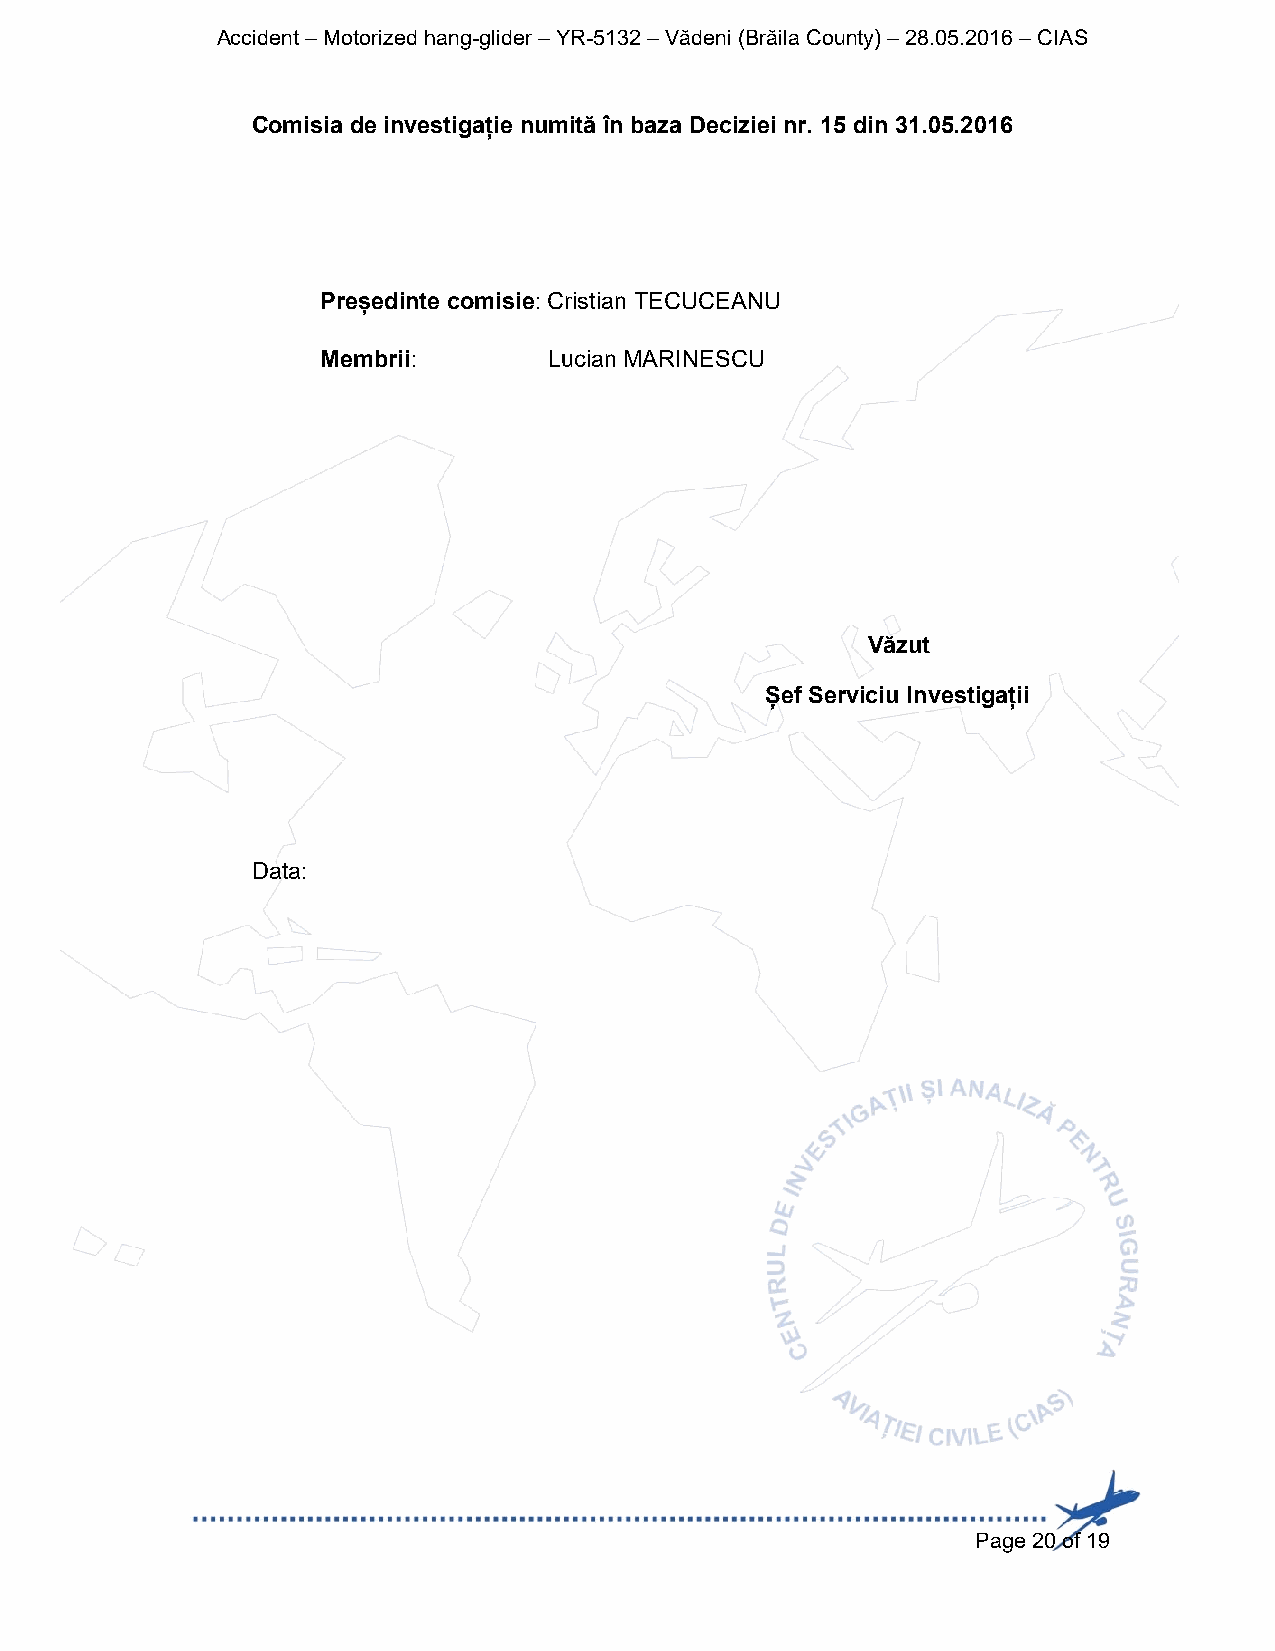
Accident – Motorized hang-glider – YR-5132 – Vădeni (Brăila County) – 28.05.2016 – CIAS
 Comisia de investigație numită în baza Deciziei nr. 15 din 31.05.2016
 Președinte comisie: Cristian TECUCEANU
 Membrii:       Lucian MARINESCU
 Văzut
 Șef Serviciu Investigații
 Data:
 Page 20 of 19